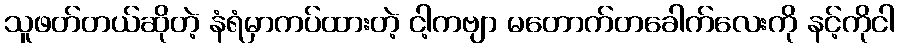
သူဖတ်တယ်ဆိုတဲ့ နံရံမှာကပ်ထားတဲ့ ငါ့ကဗျာ မတောက်တခေါက်လေးကို နင့်ကိုငါ